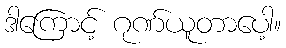
ဒါကြောင့် ဂုဏ်ယူတာပေါ့။